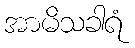
အာမိသခါရံ